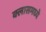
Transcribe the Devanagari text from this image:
क्लासमध्ये